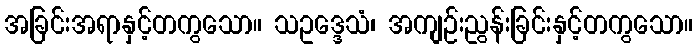
အခြင်းအရာနှင့်တကွသော။ သဥဒ္ဒေသံ၊ အကျဉ်းညွန်းခြင်းနှင့်တကွသော။